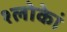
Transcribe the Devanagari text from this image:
श्लोकेां